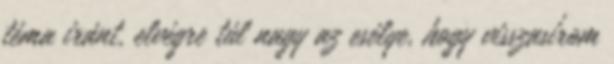
téma iránt, elvégre túl nagy az esélye, hogy visszasírom